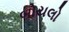
બોયલો